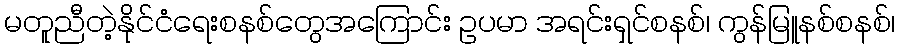
မတူညီတဲ့နိုင်ငံရေးစနစ်တွေအကြောင်း ဥပမာ အရင်းရှင်စနစ်၊ ကွန်မြူနစ်စနစ်၊